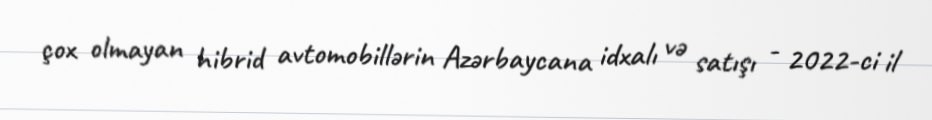
çox olmayan hibrid avtomobillərin Azərbaycana idxalı və satışı - 2022-ci il